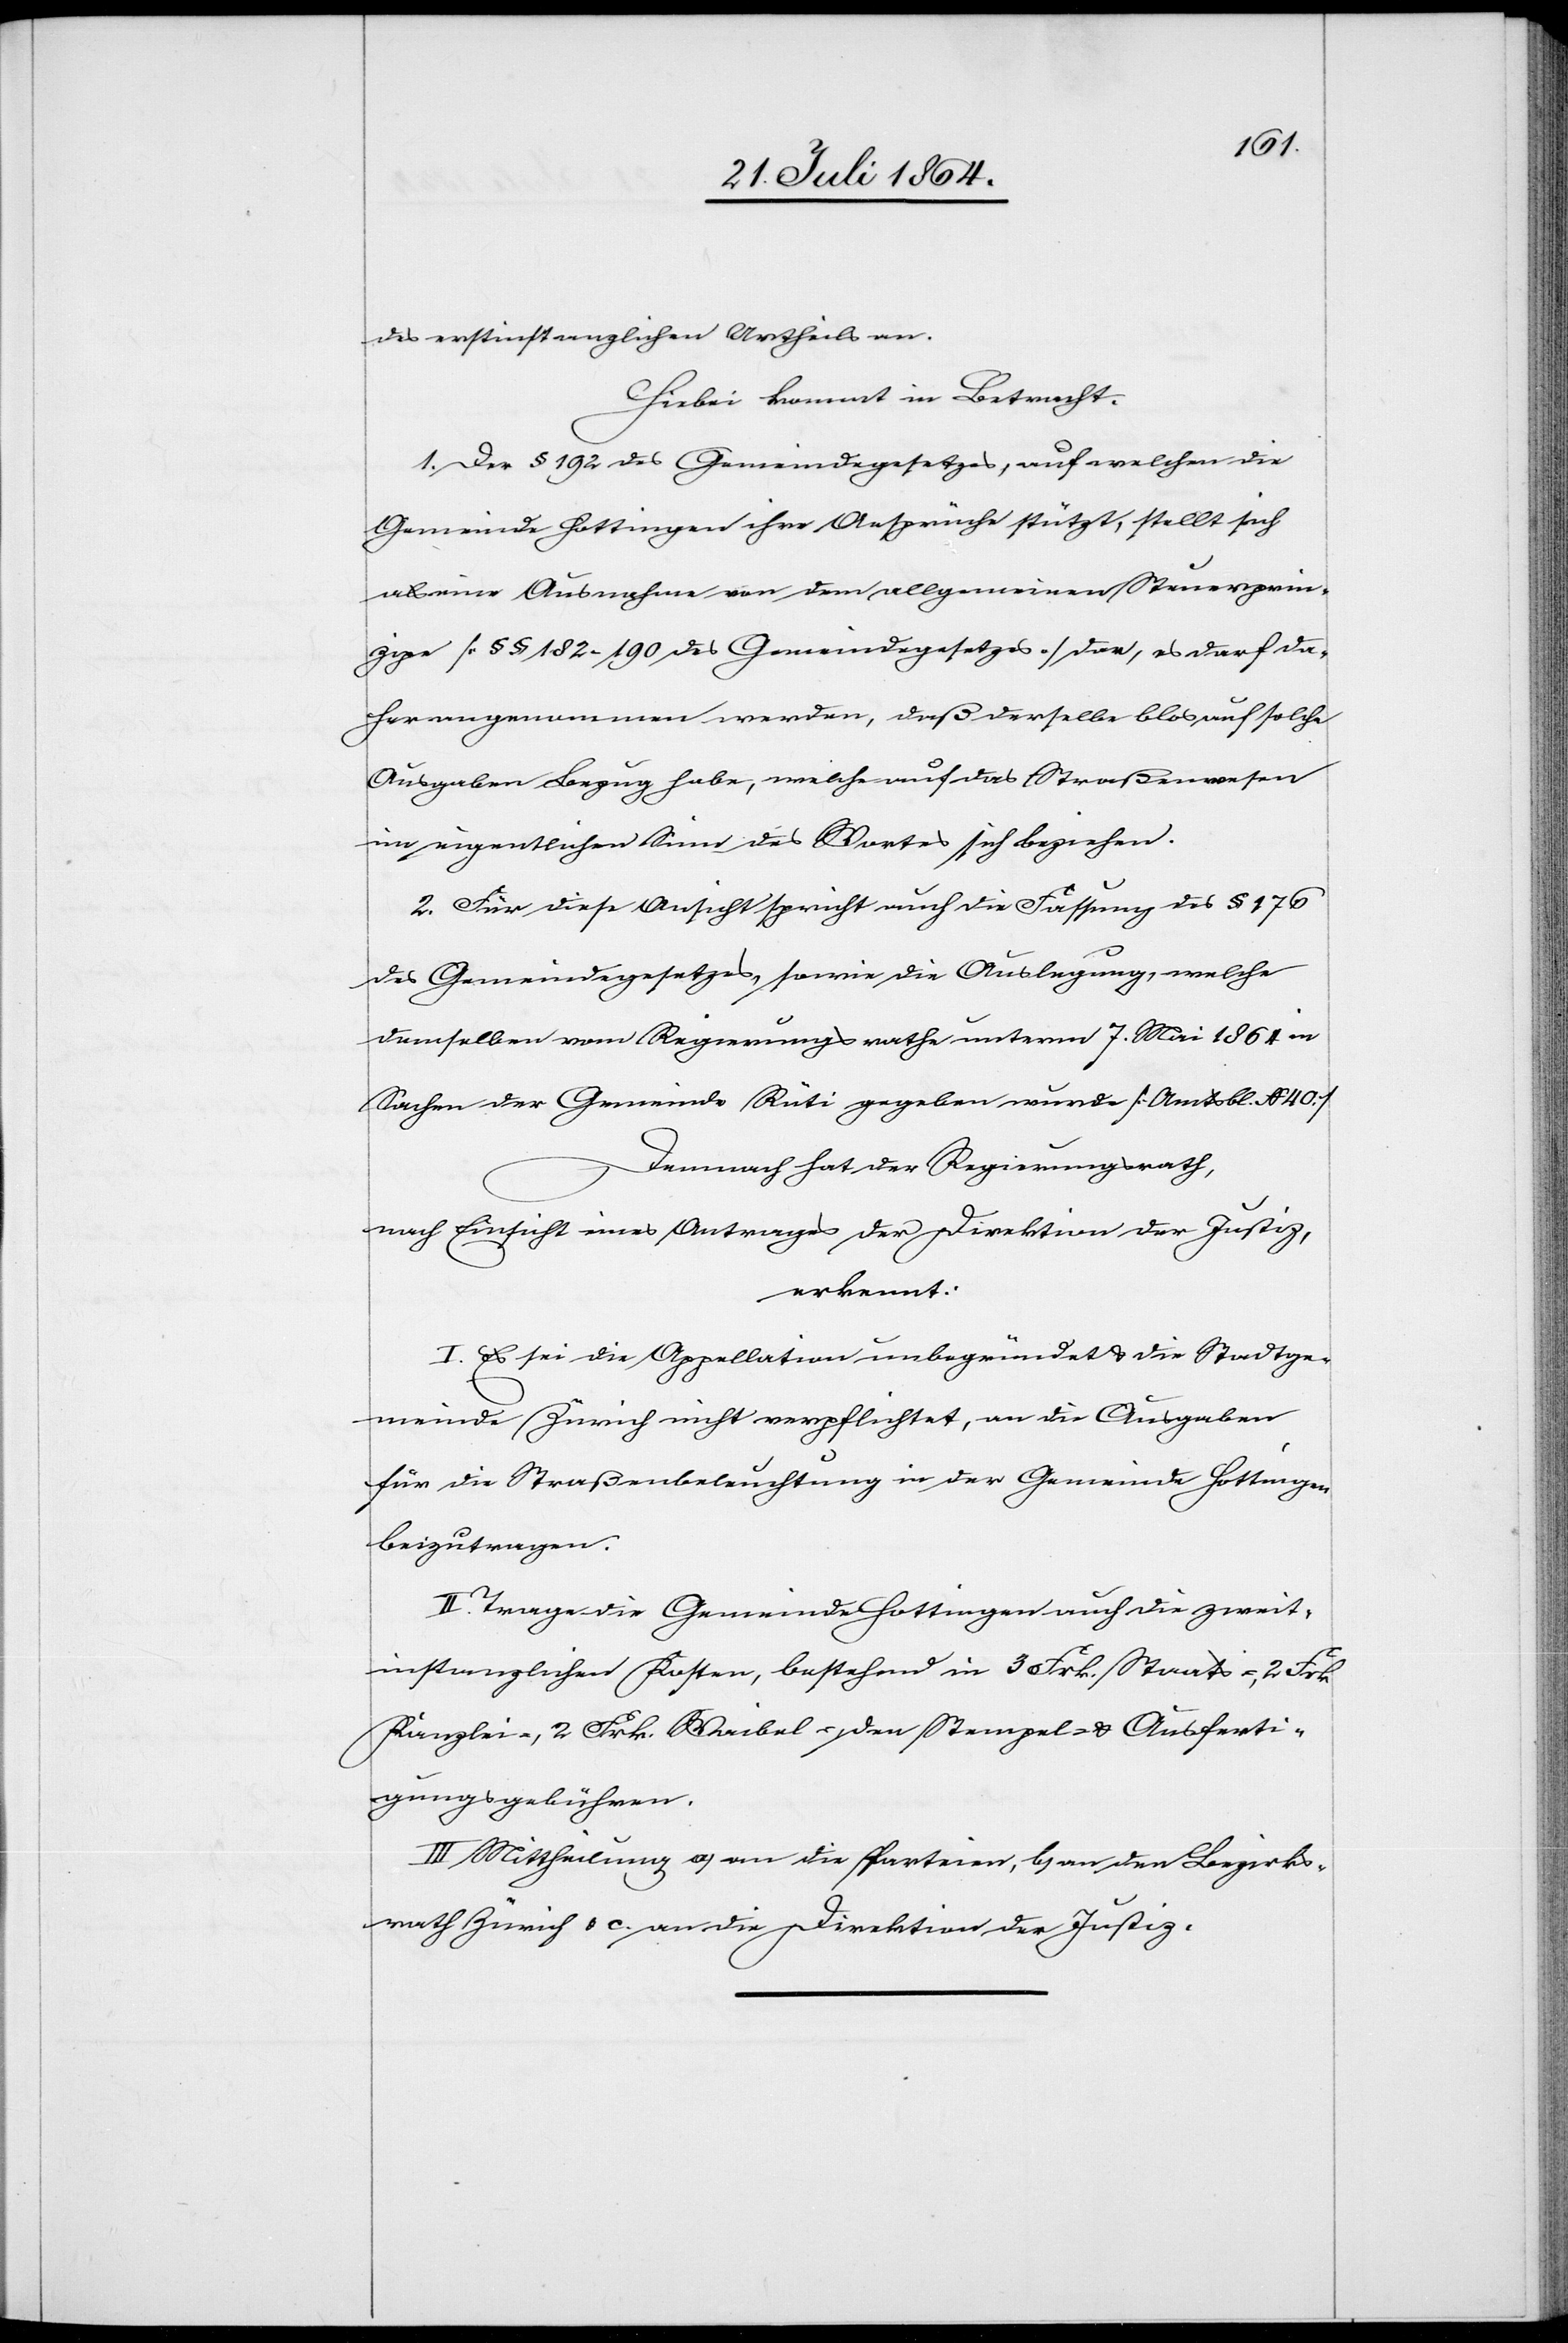
des erstinstanzlichen Urtheils an.
Hiebei kommt in Betracht:
1. Der § 192 des Gemeindegesetzes, auf welchen die
Gemeinde Hottingen ihre Ansprüche stützt, stellt sich
als eine Ausnahme von dem allgemeinen Steuerprin¬
zipe [§§ 182–190 des Gemeindegesetzes] dar, es darf da¬
her angenommen werden, daß derselbe blos auf solche
Ausgaben Bezug habe, welche auf das Straßenwesen
im eigentlichen Sinne des Wortes sich beziehen.
2. Für diese Ansicht spricht auch die Fassung des § 176
des Gemeindegesetzes, sowie die Auslegung, welche
demselben vom Regierungsrathe unterm 7. Mai 1864 in
Sachen der Gemeinde Rüti gegeben wurde [Amtsbl. N 40.]
Demnach hat der Regierungsrath,
nach Einsicht eines Antrages der Direktion der Justiz,
erkannt:
I. Es sei die Appellation unbegründet u. die Stadtge¬
meinde Zürich nicht verpflichtet, an die Ausgaben
für die Straßenbeleuchtung in der Gemeinde Hottingen
beizutragen.
II. Trage die Gemeinde Hottingen auch die zweit¬
instanzlichen Kosten, bestehend in 3 Frk. Staats-, 2 Frk
Kanzlei-, 2 Frk. Waibel-, den Stempel- u. Ausferti¬
gungsgebühren.
III. Mittheilung a) an die Parteien, b) an den Bezirks¬
rath Zürich u. c) an die Direktion der Justiz.